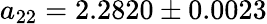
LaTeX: a_{22}=2.2820\pm 0.0023